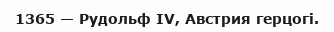
1365 — Рудольф IV, Австрия герцогі.